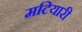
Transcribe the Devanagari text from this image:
मटियारी